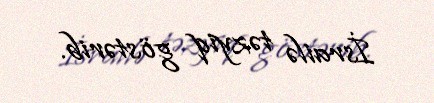
İsrailə təzyiq göstərib.